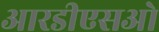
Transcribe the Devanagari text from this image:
आरडीएसओ